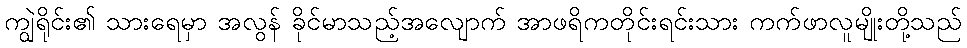
ကျွဲရိုင်း၏ သားရေမှာ အလွန် ခိုင်မာသည့်အလျောက် အာဖရိကတိုင်းရင်းသား ကက်ဖာလူမျိုးတို့သည်